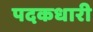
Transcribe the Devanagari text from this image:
पदकधारी